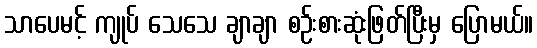
သာပေမင့် ကျုပ် သေသေ ချာချာ စဉ်းစားဆုံးဖြတ်ပြီးမှ ပြောမယ်။